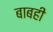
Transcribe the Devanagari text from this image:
बाबही